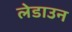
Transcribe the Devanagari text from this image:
लेडाउन